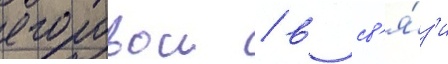
егоровои / в св'я́з'и